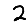
Digit: 2